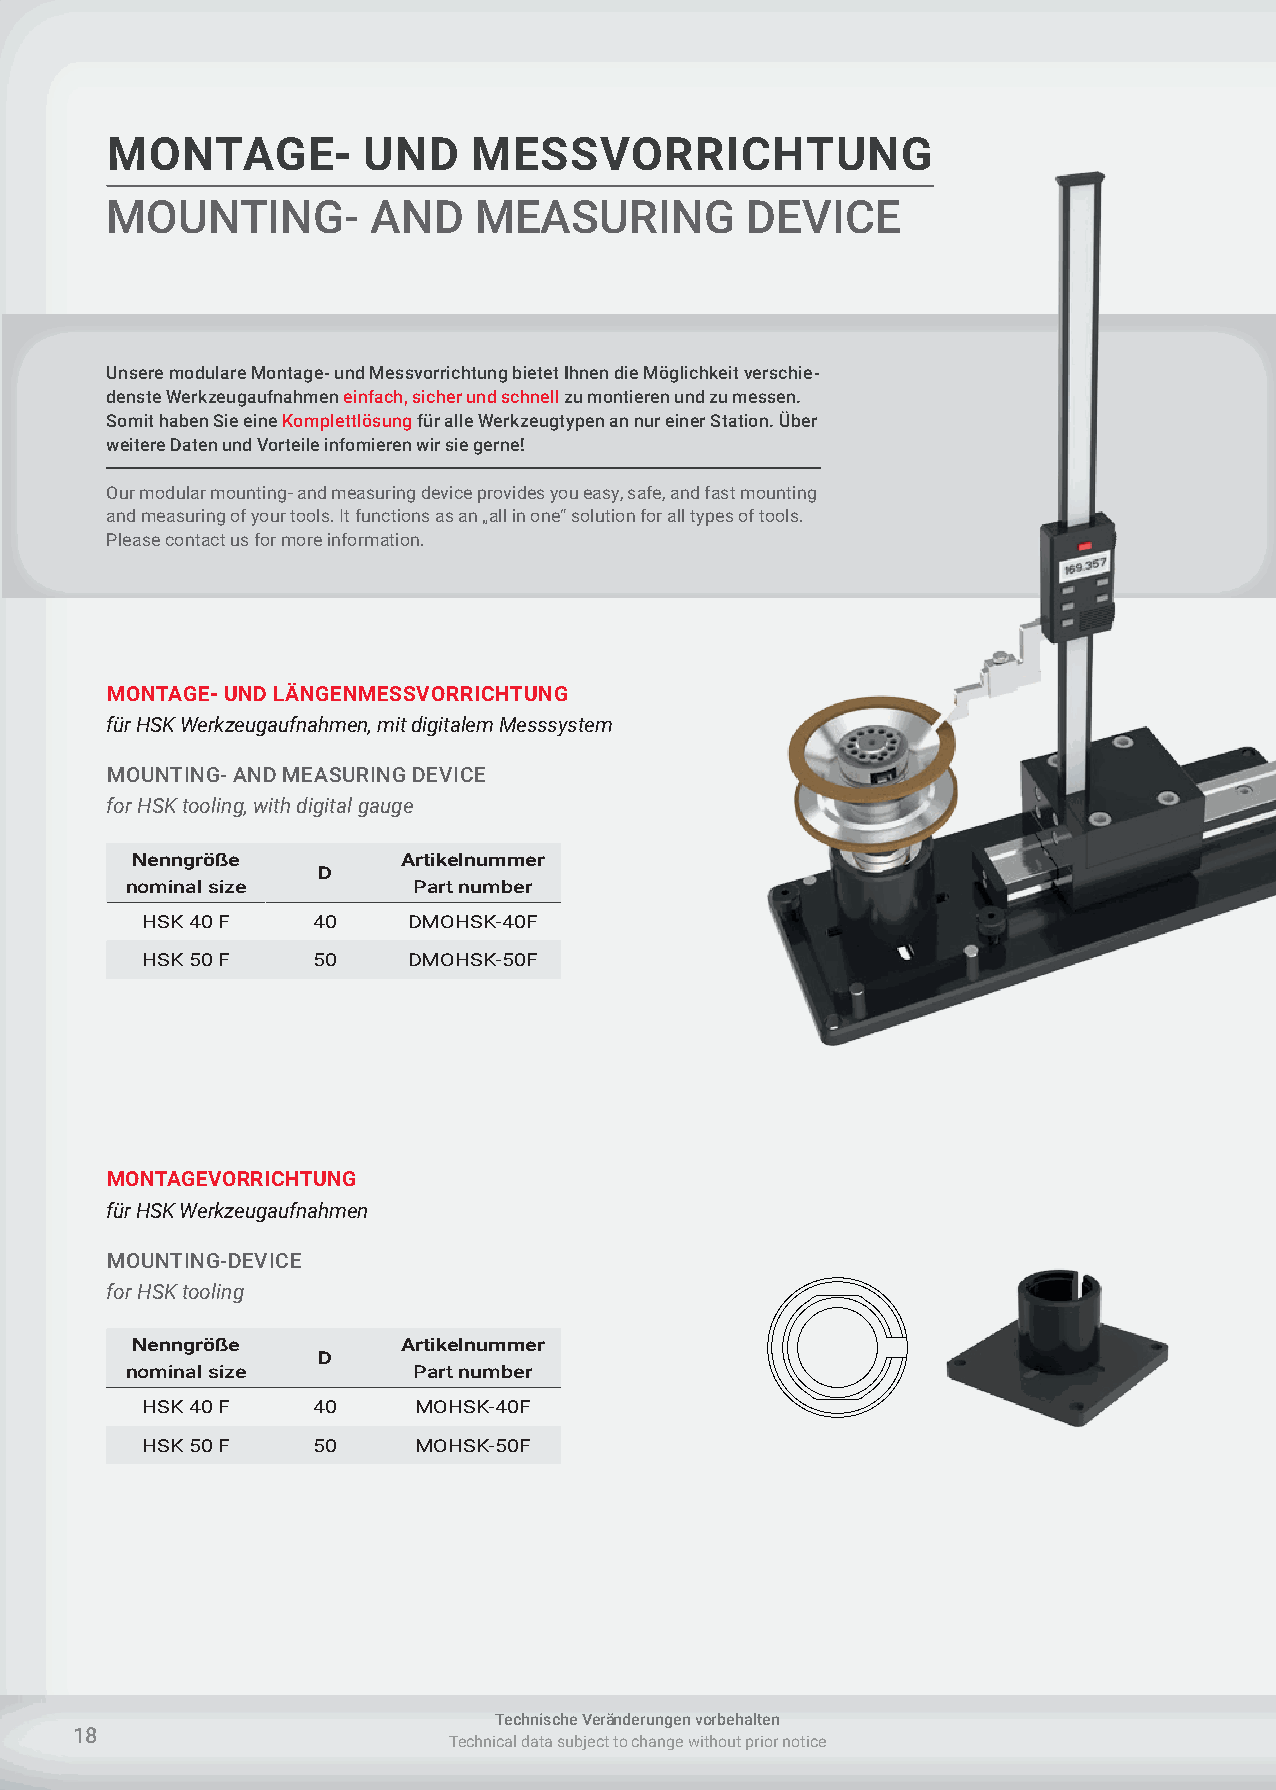
MONTAGE-         UND    MESSVORRICHTUNG
 MOUNTING-         AND   MEASURING         DEVICE
 Unsere modulare Montage- und Messvorrichtung bietet Ihnen die Möglichkeit verschie-
 denste Werkzeugaufnahmen einfach, sicher und schnell zu montieren und zu messen.
 Somit haben Sie eine Komplettlösung für alle Werkzeugtypen an nur einer Station. Über
 weitere Daten und Vorteile infomieren wir sie gerne!
 Our modular mounting- and measuring device provides you easy, safe, and fast mounting
 and measuring of your tools. It functions as an „all in one“ solution for all types of tools.
 Please contact us for more information.
 MONTAGE- UND LÄNGENMESSVORRICHTUNG
 für HSK Werkzeugaufnahmen, mit digitalem Messsystem
 MOUNTING- AND MEASURING DEVICE
 for HSK tooling, with digital gauge
 Nenngröße         Artikelnummer
 D
 nominal size       Part number
 HSK 40 F    40    DMOHSK-40F
 HSK 50 F    50    DMOHSK-50F
 MONTAGEVORRICHTUNG
 für HSK Werkzeugaufnahmen
 MOUNTING-DEVICE
 for HSK tooling
 Nenngröße         Artikelnummer
 D
 nominal size       Part number
 HSK 40 F    40    MOHSK-40F
 HSK 50 F    50    MOHSK-50F
 Technische Veränderungen vorbehalten
 18
 Technical data subject to change without prior notice